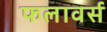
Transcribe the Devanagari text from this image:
फलावर्स